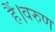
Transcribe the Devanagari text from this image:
हैं।वरुण